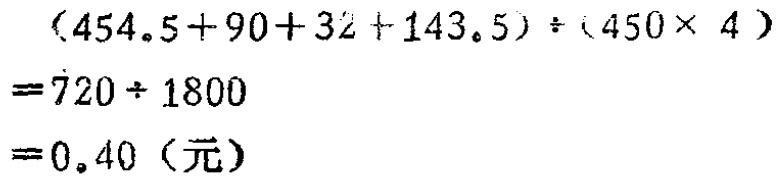
\((454.5 + 90 + 32 + 143.5) \div (450\times 4)\)
\(= 720\div 1800\)
\(= 0.40\)（元）